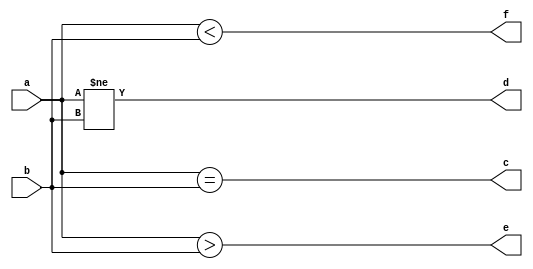
`timescale 1ns / 1ps

module One_Bit (
    input a, b,
    output c, d, e, f
    );
    
    assign c = ( a == b );
    assign d = ( a != b );
    assign e = ( a > b );
    assign f = ( a < b );
    
endmodule